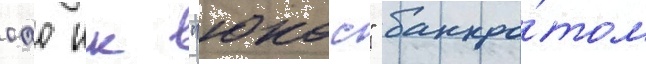
оао нк "юкос" банкро́том